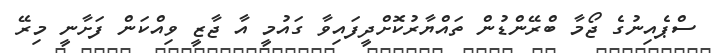
ސްޕެއިނުގެ ޖޯމާ ބްރޭންޑުން ތައްޔާރުކޮށްދީފައިވާ ގައުމީ އާ ޖާޒީ ވިއްކަން ފަށާނީ މިރޭ